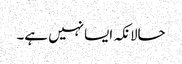
حالانکہ ایسا نہیں ہے۔